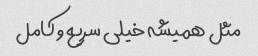
مثل همیشه خیلی سریع و کامل